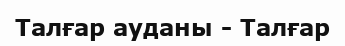
Талғар ауданы - Талғар